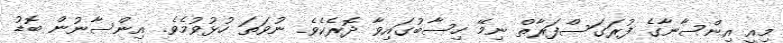
މިއީ އިންސާނާގެ ފުރަގަސްފަރާތް ނިމޭ ހިސާބުގައިވާ ދޮރެކެވެ. ނުވަތަ ހުޅުވުމެވެ. އިންސާނުން ބޮޑު